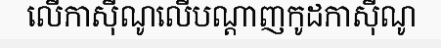
លើកាស៊ីណូលើបណ្តាញកូដកាស៊ីណូ